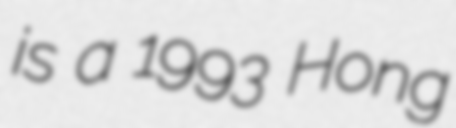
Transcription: is a 1993 Hong